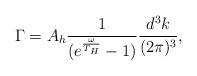
LaTeX: \begin{align*}\Gamma = A_{h} \frac{1}{(e^{\frac{\omega}{T_{H}}} - 1)} \frac{d^3 k}{(2\pi)^3},\end{align*}